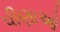
પીણાઓ